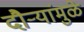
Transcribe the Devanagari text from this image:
दौर्‍यांमुळे